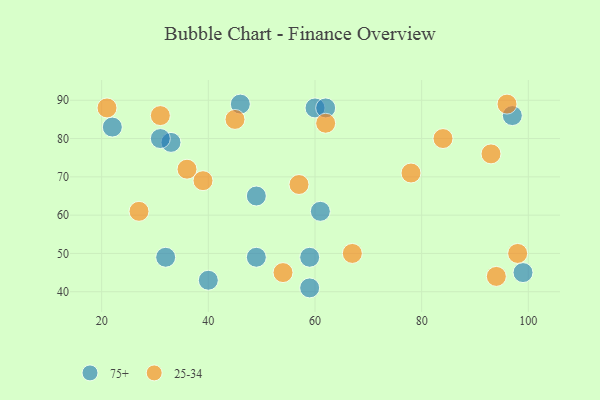
{"axis": {"x": "GDP", "y": "Life Expectancy"}, "legend": ["25-34", "75+"], "data": [{"x": "97", "y": 86, "type": "75+"}, {"x": "33", "y": 79, "type": "75+"}, {"x": "49", "y": 49, "type": "75+"}, {"x": "99", "y": 45, "type": "75+"}, {"x": "60", "y": 88, "type": "75+"}, {"x": "46", "y": 89, "type": "75+"}, {"x": "22", "y": 83, "type": "75+"}, {"x": "49", "y": 65, "type": "75+"}, {"x": "59", "y": 49, "type": "75+"}, {"x": "31", "y": 80, "type": "75+"}, {"x": "61", "y": 61, "type": "75+"}, {"x": "32", "y": 49, "type": "75+"}, {"x": "59", "y": 41, "type": "75+"}, {"x": "40", "y": 43, "type": "75+"}, {"x": "62", "y": 88, "type": "75+"}, {"x": "36", "y": 72, "type": "25-34"}, {"x": "57", "y": 68, "type": "25-34"}, {"x": "96", "y": 89, "type": "25-34"}, {"x": "39", "y": 69, "type": "25-34"}, {"x": "93", "y": 76, "type": "25-34"}, {"x": "45", "y": 85, "type": "25-34"}, {"x": "27", "y": 61, "type": "25-34"}, {"x": "84", "y": 80, "type": "25-34"}, {"x": "31", "y": 86, "type": "25-34"}, {"x": "67", "y": 50, "type": "25-34"}, {"x": "78", "y": 71, "type": "25-34"}, {"x": "21", "y": 88, "type": "25-34"}, {"x": "54", "y": 45, "type": "25-34"}, {"x": "94", "y": 44, "type": "25-34"}, {"x": "98", "y": 50, "type": "25-34"}, {"x": "62", "y": 84, "type": "25-34"}]}